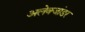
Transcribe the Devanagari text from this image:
अलेक्जांडर